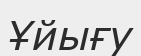
Ұйығу